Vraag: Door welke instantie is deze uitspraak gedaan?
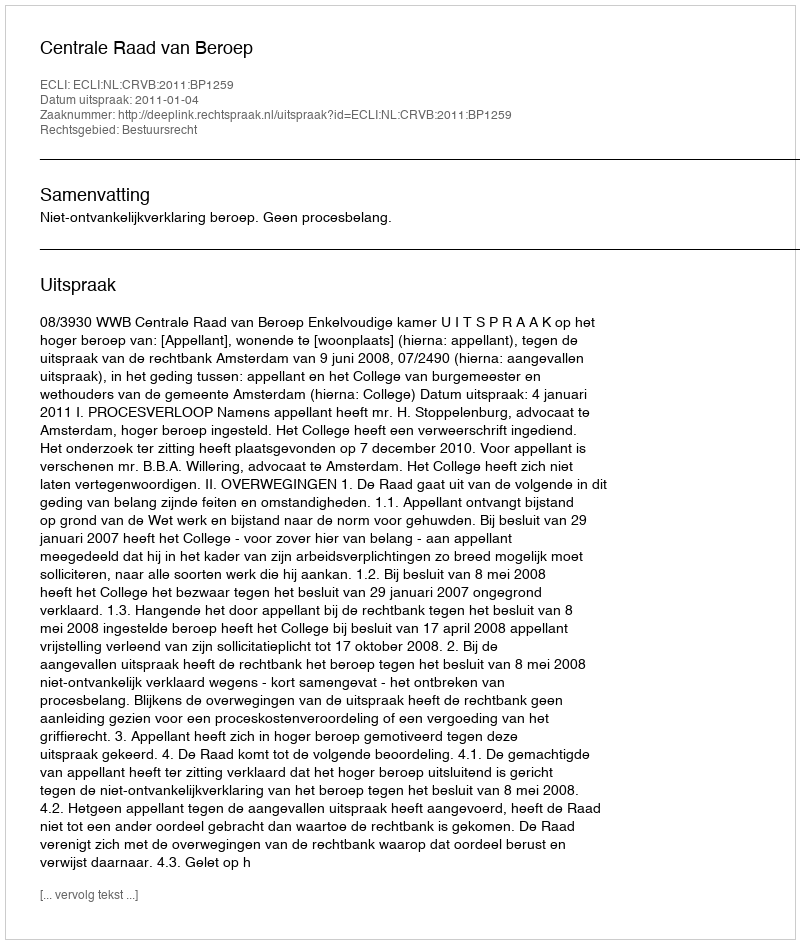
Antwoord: Centrale Raad van Beroep